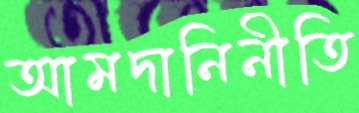
আমদানিনীতি